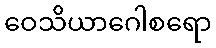
ဝေသိယာဂေါစရော